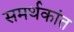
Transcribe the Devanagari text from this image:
समर्थकांत